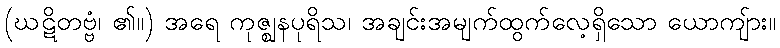
(ဃဋိတဗ္ဗံ၊ ၏။) အရေ ကုဇ္ဈနပုရိသ၊ အချင်းအမျက်ထွက်လေ့ရှိသော ယောကျ်ား။